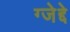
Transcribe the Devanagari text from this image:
ग्जेद्दे